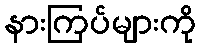
နားကြပ်များကို